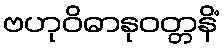
ဗဟုဝိဓာနုဝတ္တနိံ